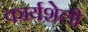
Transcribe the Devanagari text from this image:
कार्यशेली